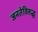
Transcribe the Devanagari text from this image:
जनतेविरुद्ध